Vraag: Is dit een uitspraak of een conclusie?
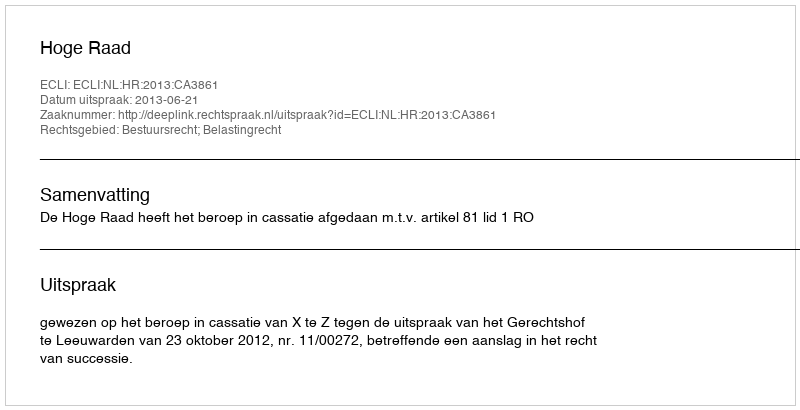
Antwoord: Uitspraak